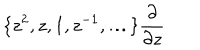
\{ z ^ { 2 } , z , 1 , z ^ { - 1 } , \ldots \} \frac { \partial } { \partial z }